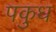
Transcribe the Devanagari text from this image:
पकुध